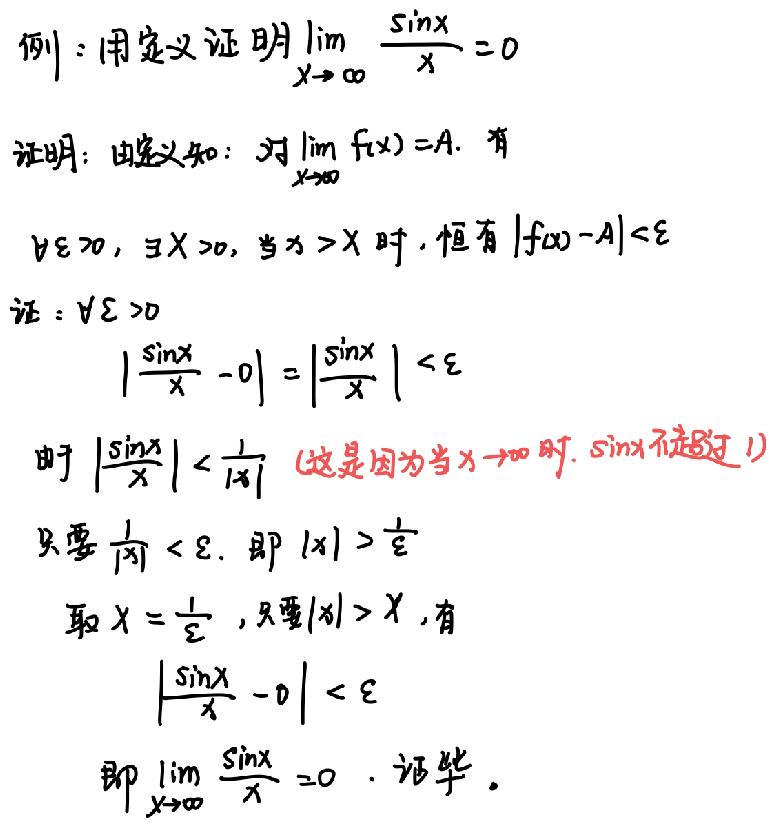
例：用定义证明$\lim_{x \to \infty} \frac{\sin x}{x}=0$

证明：由定义知：对$\lim_{x \to \infty} f(x)=A$，有
$\forall \varepsilon>0$，$\exists X>0$，当$x>X$时，恒有$|f(x)-A|<\varepsilon$

证：$\forall \varepsilon>0$
$\left|\frac{\sin x}{x}-0\right|=\left|\frac{\sin x}{x}\right|<\varepsilon$
由于$\left|\frac{\sin x}{x}\right|<\frac{1}{|x|}$（这是因为当$x \to \infty$时，$\sin x$不超过1）
只要$\frac{1}{|x|}<\varepsilon$，即$|x|>\frac{1}{\varepsilon}$
取$X = \frac{1}{\varepsilon}$，只要$|x|>X$，有
$\left|\frac{\sin x}{x}-0\right|<\varepsilon$
即$\lim_{x \to \infty} \frac{\sin x}{x}=0$，证毕。